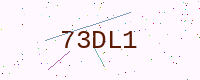
Text: 73DL1